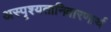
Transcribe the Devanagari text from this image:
अस्पृश्यतानिवारणार्थ